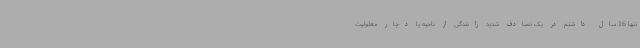
تنها 16 سال داشتم در یک تصادف شدید رانندگی از ناحیه پا دچار معلولیت